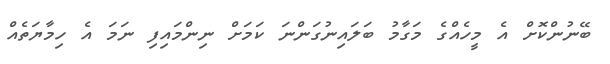
ބޭނުންކޮށް އެ މީހެއްގެ މަގާމު ބަލައިނުގަންނަ ކަމަށް ނިންމައިފި ނަމަ އެ ހިމާޔަތެއް